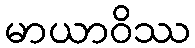
မာယာဝိဿ